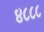
૪૮૮૮